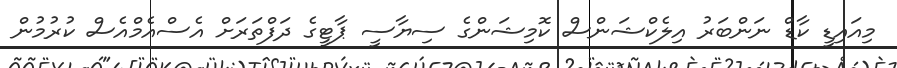
މިއައިޑީ ކާޑް ނަންބަރު އިލެކްޝަންސް ކޮމިޝަންގެ ސިޔާސީ ޕާޓީގެ ދަފްތަރަށް އެސްއެމްއެސް ކުރުމުން